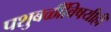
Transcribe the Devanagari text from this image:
पशुबळींविषयीही